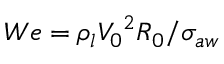
W e = { \rho } _ { l } { V _ { 0 } } ^ { 2 } R _ { 0 } / { \sigma } _ { a w }